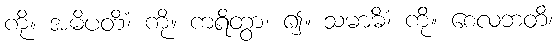
ကို။ အဓိပတိံ၊ ကို။ ကရိတွာ၊ ၍။ သမာဓိံ၊ ကို။ စေလဘတိ၊